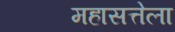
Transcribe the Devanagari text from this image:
महासत्तेला